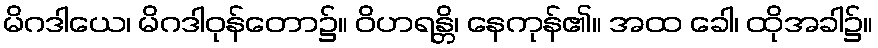
မိဂဒါယေ၊ မိဂဒါဝုန်တော၌။ ဝိဟရန္တိ၊ နေကုန်၏။ အထ ခေါ၊ ထိုအခါ၌။